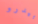
بيدرو